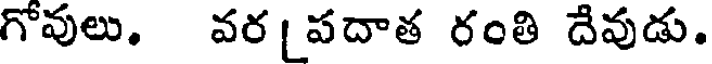
గోవులు. వర [పదాత రంతి దేవుడు.